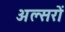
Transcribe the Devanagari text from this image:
अल्सरों